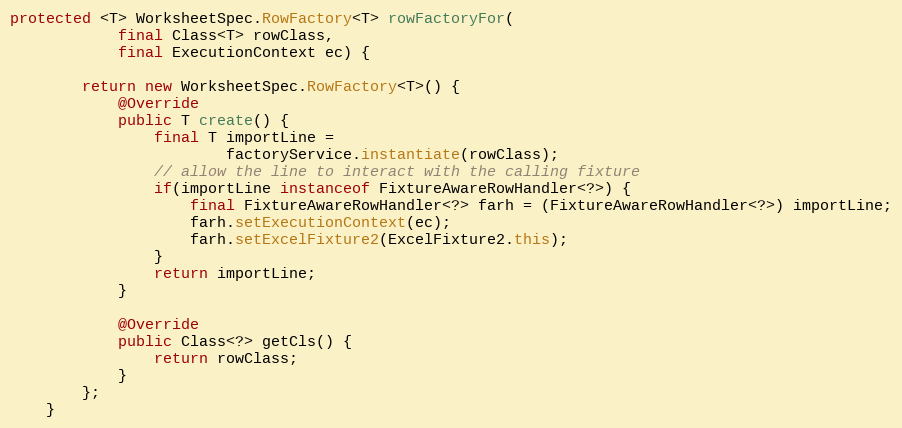
Language: Java
protected <T> WorksheetSpec.RowFactory<T> rowFactoryFor(
            final Class<T> rowClass,
            final ExecutionContext ec) {

        return new WorksheetSpec.RowFactory<T>() {
            @Override
            public T create() {
                final T importLine =
                        factoryService.instantiate(rowClass);
                // allow the line to interact with the calling fixture
                if(importLine instanceof FixtureAwareRowHandler<?>) {
                    final FixtureAwareRowHandler<?> farh = (FixtureAwareRowHandler<?>) importLine;
                    farh.setExecutionContext(ec);
                    farh.setExcelFixture2(ExcelFixture2.this);
                }
                return importLine;
            }

            @Override
            public Class<?> getCls() {
                return rowClass;
            }
        };
    }